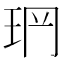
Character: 𤤡